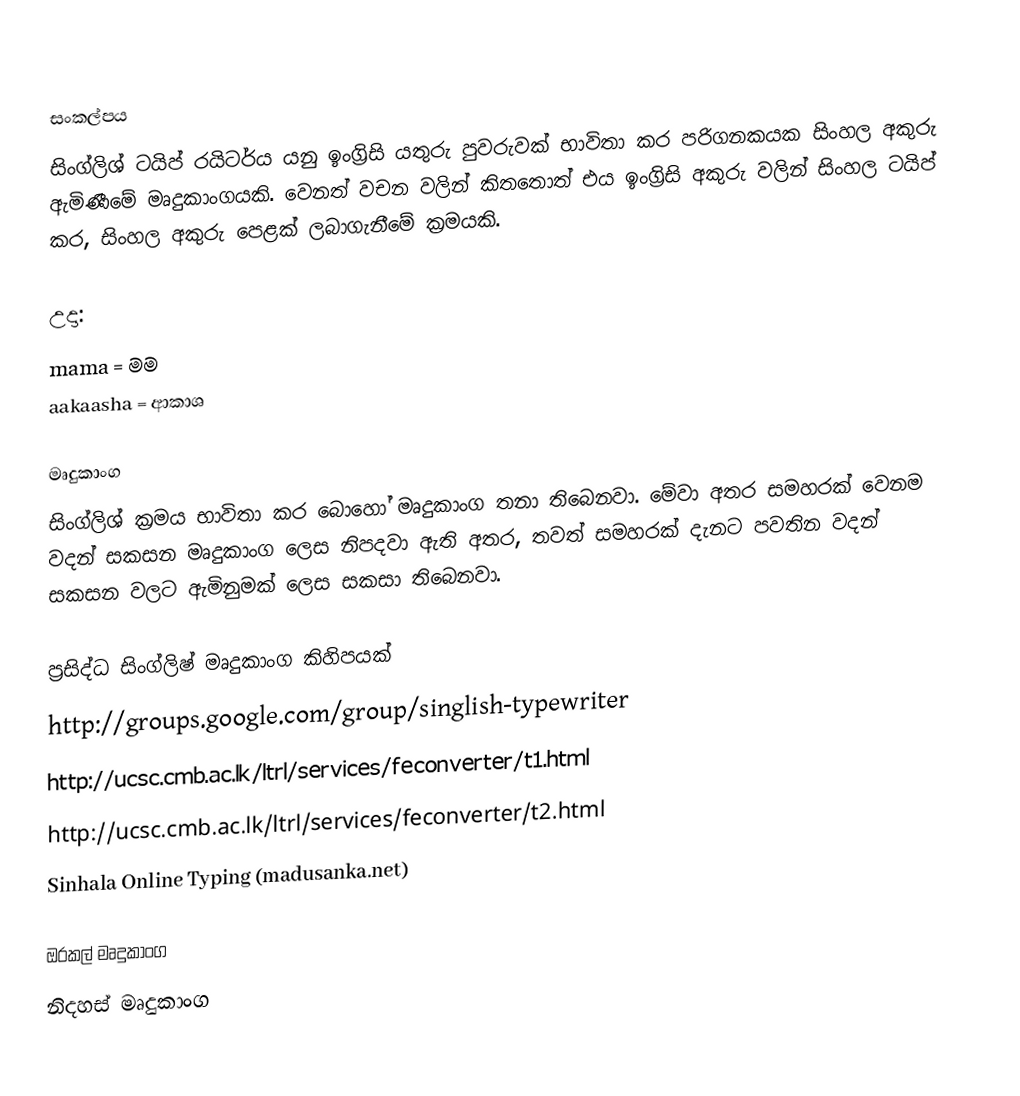

සංකල්පය
සිංග්ලිශ් ටයිප් රයිටර්ය යනු ඉංග්‍රිසි යතුරු පුවරුවක් භාවිතා කර පරිගනකයක සිංහල අකුරු ඇමිණීමේ  මෘදුකාංගයකි. වෙනත් වචන වලින් කිතතොත් එය ඉංග්‍රිසි අකුරු වලින් සිංහල ටයිප් කර, සිංහල අකුරු පෙළක් ලබාගැනීමේ ක්‍රමයකි.

උදා:
 mama = මම
 aakaasha = ආකාශ

මෘදුකාංග
සිංග්ලිශ් ක්‍රමය භාවිතා කර බොහෝ මෘදුකාංග තනා තිබෙනවා. මේවා අතර සමහරක් වෙනම වදන් සකසන මෘදුකාංග ලෙස නිපදවා ඇති අතර, තවත් සමහරක් දැනට පවතින වදන් සකසන වලට ඇමිනුමක් ලෙස සකසා තිබෙනවා.

ප්‍රසිද්ධ සිංග්ලිෂ් මෘදුකාංග කිහිපයක්
 http://groups.google.com/group/singlish-typewriter
 http://ucsc.cmb.ac.lk/ltrl/services/feconverter/t1.html
 http://ucsc.cmb.ac.lk/ltrl/services/feconverter/t2.html
 Sinhala Online Typing (madusanka.net)

ඔරකල් මෘදුකාංග
නිදහස් මෘදුකාංග